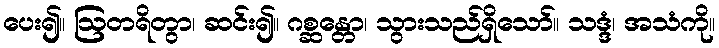
ပေး၍။ ဩတရိတွာ၊ ဆင်း၍။ ဂစ္ဆန္တော၊ သွားသည်ရှိသော်။ သဒ္ဒံ၊ အသံကို။